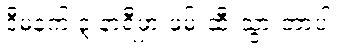
ဒီမနက် ၃ နာရီမှာ ဖမ်းဆီးသွားတာပါ။